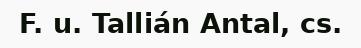
F. u. Tallián Antal, cs.